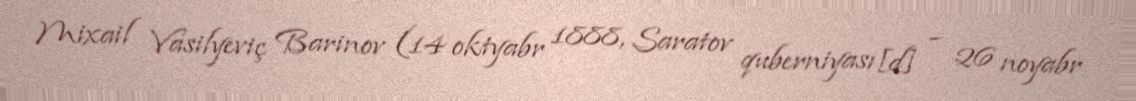
Mixail Vasilyeviç Barinov (14 oktyabr 1888, Saratov quberniyası[d] – 26 noyabr